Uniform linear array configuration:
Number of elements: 64
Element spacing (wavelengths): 1
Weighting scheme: hann
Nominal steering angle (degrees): -45
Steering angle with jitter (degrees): -45.089
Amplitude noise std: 0.05
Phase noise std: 0.05

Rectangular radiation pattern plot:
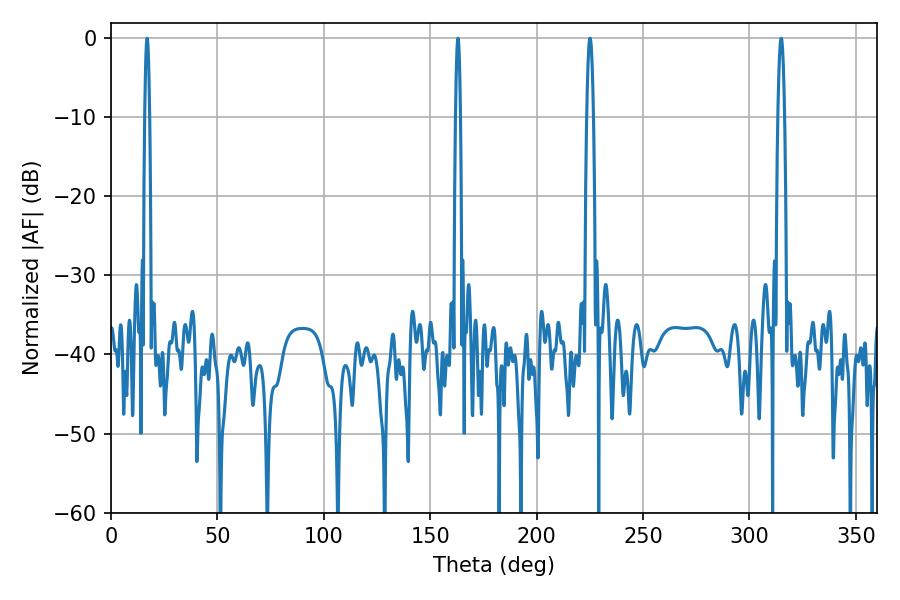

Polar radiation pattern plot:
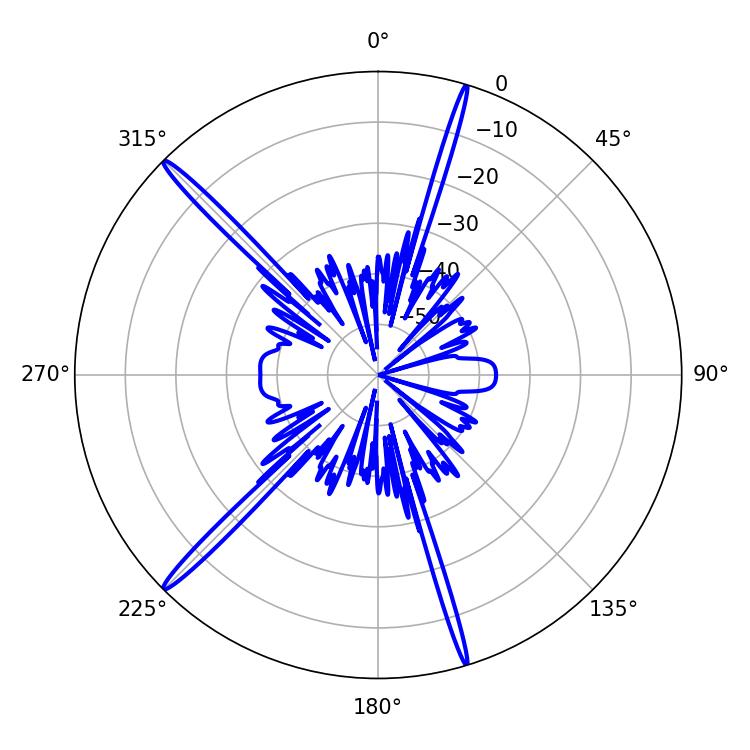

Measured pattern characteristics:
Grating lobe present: TRUE
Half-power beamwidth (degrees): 1.26
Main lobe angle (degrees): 16.92